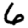
Digit: 6